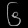
Digit: ၆